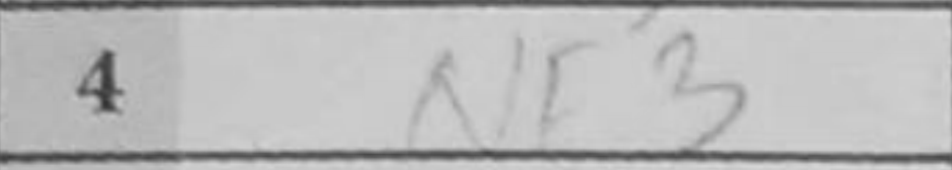
Transcription: Nf3